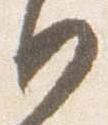
日